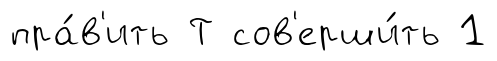
пра́в'ить Т сов'ерши́ть 1